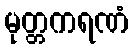
မုတ္တကရဏံ